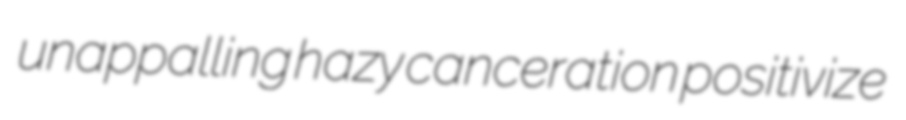
unappalling hazy canceration positivize